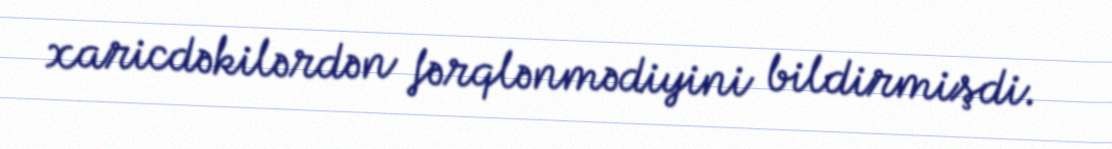
xaricdəkilərdən fərqlənmədiyini bildirmişdi.